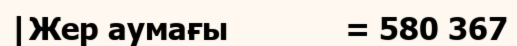
|Жер аумағы             = 580 367